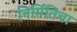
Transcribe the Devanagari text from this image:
निर्मितिचा